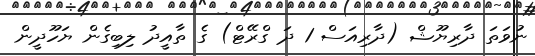
ނުވަތަ ދާރިޔޫޝް (ދާރިއަސް 1 ދަ ގްރޭޓް) ގެ ތާއީދު ލިބިގެން ޔަހޫދީން